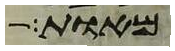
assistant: מאות